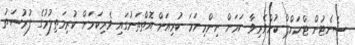
ސެނެޓުން ޓްރަމްޕް ކުށްވެރިވާ ކަމަށް ނިންމިނަމަ ކުރިއަށް އޮތްތަނުގައި ވެރިކަމަށް ކުރިމަތިލުމުގެ ފުރުސަތު